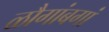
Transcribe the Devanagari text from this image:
ळौगांबगां